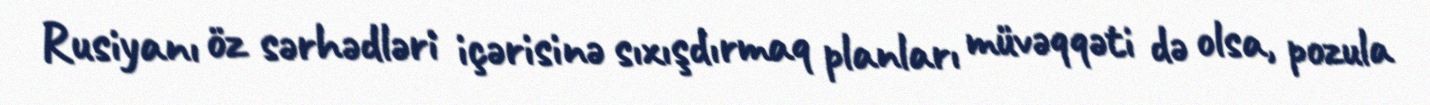
Rusiyanı öz sərhədləri içərisinə sıxışdırmaq planları müvəqqəti də olsa, pozula